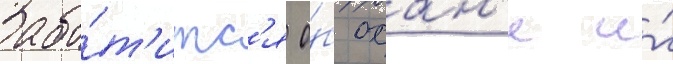
Забо́т'итс'я о́б охан'е и́